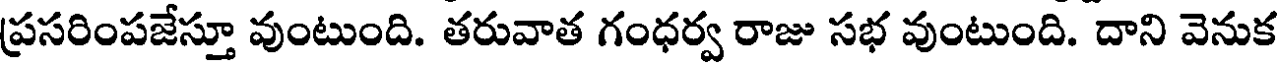
ప్రసరింపజేస్తూ వుంటుంది. తరువాత గంధర్వ రాజు సభ వుంటుంది. దాని వెనుక